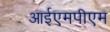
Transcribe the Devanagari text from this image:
आईएमपीएम